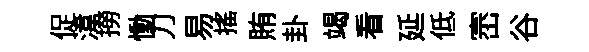
促湋撈慟刀易揺賄卦竭看延低崈谷